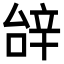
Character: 辝